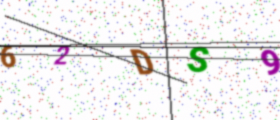
Text: 62DS9